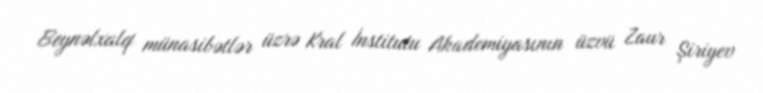
Beynəlxalq münasibətlər üzrə Kral İnstitutu Akademiyasının üzvü Zaur Şiriyev